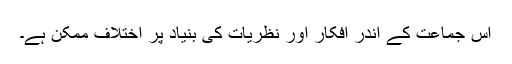
اس جماعت کے اندر افکار اور نظریات کی بنیاد پر اختلاف ممکن ہے۔